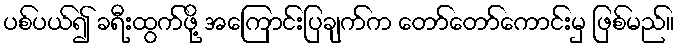
ပစ်ပယ်၍ ခရီးထွက်ဖို့ အကြောင်းပြချက်က တော်တော်ကောင်းမှ ဖြစ်မည်။